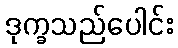
ဒုက္ခသည်ပေါင်း